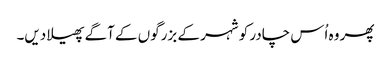
پھر وہ اُس چادر کو شہر کے بزرگوں کے آگے پھیلا دیں۔